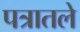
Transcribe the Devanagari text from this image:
पत्रातले